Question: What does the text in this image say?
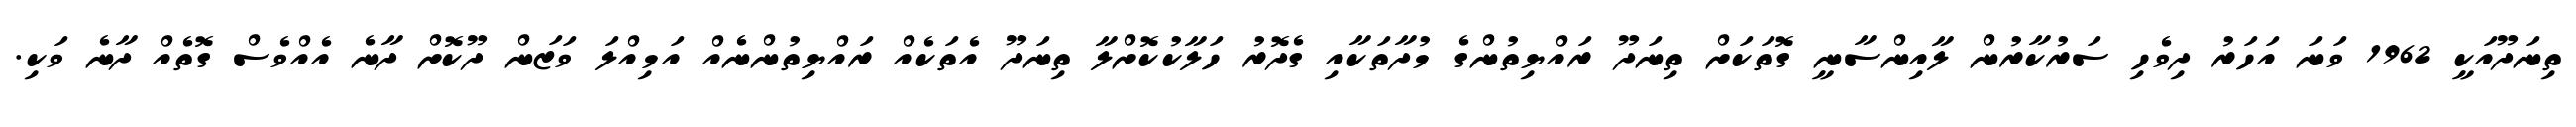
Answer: ތިނަދޫއަކީ 1962 ވަނަ އަހަރު ދިވެހި ސަރުކާރުން ލާއިންސާނީ ގޮތަކަށް ތިނަދޫ ރައްޔިތުންގެ މުދާތަކާއި ގެދޮރު ހަލާކުކޮށްލާ ތިނަދޫ އެތަކެއް ރައްޔިތުންނެއް އަމިއްލަ ވަޒަން ދޫކޮށް ދާނެ އެއްވެސް ގޮތެއް ދާނެ ވަކި.